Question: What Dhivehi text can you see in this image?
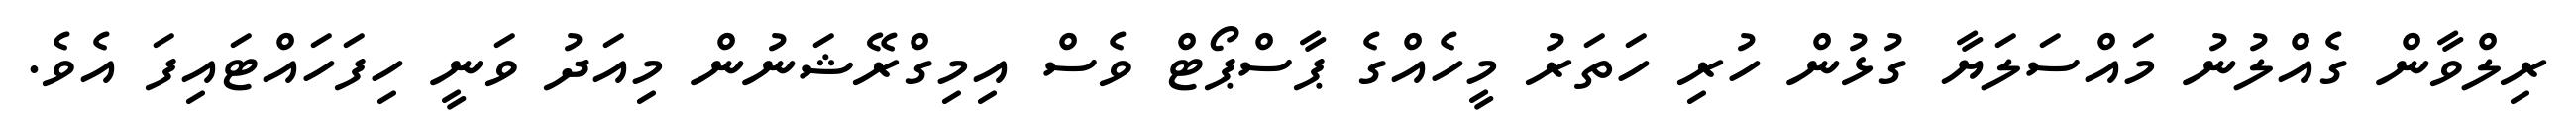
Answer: ރިލްވާން ގެއްލުނު މައްސަލަޔާ ގުޅުން ހުރި ހަތަރު މީހެއްގެ ޕާސްޕޯޓް ވެސް އިމިގްރޭޝަނުން މިއަދު ވަނީ ހިފަހައްޓައިފަ އެވެ.